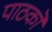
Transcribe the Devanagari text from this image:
पाठकॊं